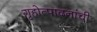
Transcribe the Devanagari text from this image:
गृहोत्पादनांची